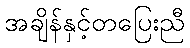
အချိန်နှင့်တပြေးညီ